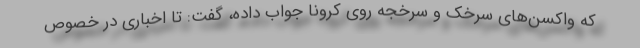
که واکسن‌های سرخک و سرخجه روی کرونا جواب داده، گفت: تا اخباری در خصوص